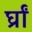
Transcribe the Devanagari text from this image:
र्घ्रां